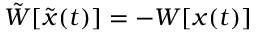
\tilde { W } [ \tilde { { \boldsymbol { x } } } ( t ) ] = - W [ { \boldsymbol { x } } ( t ) ]